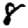
Digit: 8